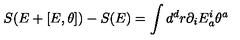
S ( E + [ E , \theta ] ) - S ( E ) = \int d ^ { d } r \partial _ { i } E _ { a } ^ { i } \theta ^ { a }